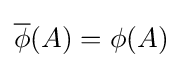
{\overline {\phi }}(A)=\phi (A)